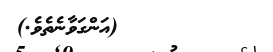
٢٤         (އަންގަވާނެތެވެ.)